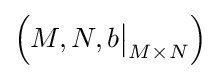
\left(M,N,b{\big \vert }_{M\times N}\right)